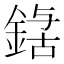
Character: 𮢃